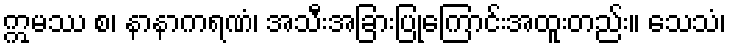
ဣမဿ စ၊ နာနာကရဏံ၊ အသီးအခြားပြုကြောင်းအထူးတည်း။ သေသံ၊